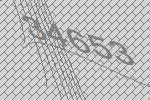
34653